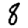
Digit: 8